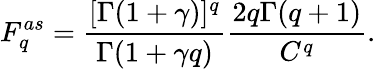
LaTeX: F_{q}^{as}=\frac{[\Gamma(1+\gamma)]^{q}}{\Gamma(1+\gamma q)}\frac{2q\Gamma(q+1)}{C^{q}}.